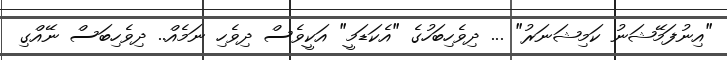
"އިނުފަމޭޝަނު ކަމިޝަނަރު" ... ދިވެހިބަހުގެ "އެކަޑަމީ" އަކީވެސް ދިވެހި ނަމެއް.. ދިވެހިބަސް ނޭއްގި